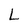
Character: L